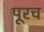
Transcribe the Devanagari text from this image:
पूरच